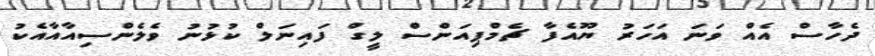
ދެހާސް އެއް ވަނަ އަހަރު ޔޫއެފާ ޗެމްޕިއަންސް ލީގް ފައިނަލް ކުޅުނު ވެލެންސިއާއާއެކު